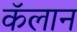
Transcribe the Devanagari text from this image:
कॅलान